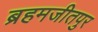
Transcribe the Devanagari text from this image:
ब्रहमजीतपुर